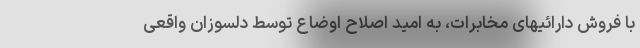
با فروش دارائیهای مخابرات، به امید اصلاح اوضاع توسط دلسوزان واقعی